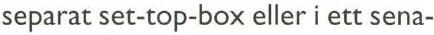
separat set-top-box eller i ett sena-